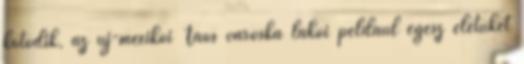
kötődik, az új-mexikói Taos városka lakói például egész életüket